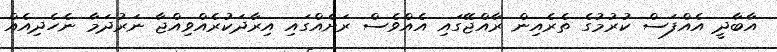
އާބާދީ އެއްފަސް ކުރުމުގެ ތެރެއިން ރާއްޖޭގައި އެއްވެސް ރަށެއްގައި އިރާދަކުރެއްވިއްޖާ ނަރުދަމާ ނެހެދިއެއް